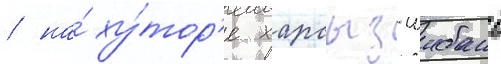
/ на́ ху́тор'е харсыз-шибань